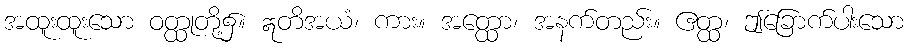
အထူးထူးသော ဝတ္ထုတို့၌။ ဣတိအယံ၊ ကား။ အတ္ထော၊ အနက်တည်း။ ဧတ္ထ၊ ဤခြောက်ပါးသော